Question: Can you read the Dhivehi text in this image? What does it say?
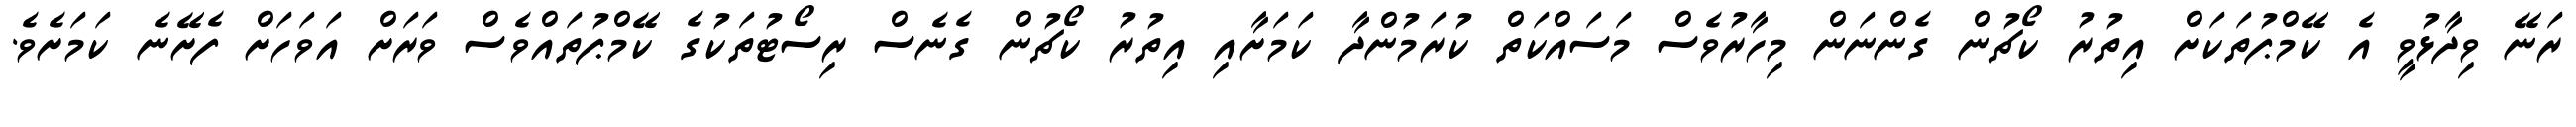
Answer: ރަނޭ ވިދާޅުވީ އެ ކޭމްޕުތަކަށް އިތުރު ކޯޗުން ގެންނަން މިހާރުވެސް މަސައްކަތް ކުރަމުންދާ ކަމަށާއި އިތުރު ކޯޗުން ގެނެސް ރިސޯޓުތަކުގެ ކޭމްޕުތައްވެސް ވަރަށް އަވަހަށް ފެށޭނެ ކަމަށެވެ.